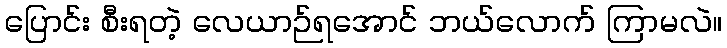
ပြောင်း စီးရတဲ့ လေယာဉ်ရအောင် ဘယ်လောက် ကြာမလဲ။